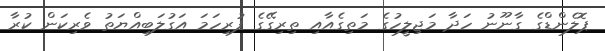
ޕޮލެންޑްގެ ގާނޫނު ހަދާ މަޖިލީހުގެ މަތިގެއާއި ތިރިގޭގެ ފުރިހަަމަ އަގުލަބިއްޔަތު ވެރިކަން ކުރާ